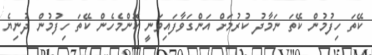
ކޭތަ ހިފުމުން ކޭތަ ނަމާދު ކުރުމަށް އަންގަވާފައިވަނީ ކޮންމެހެން ކޭތަ ހިފުމުން ދުނިޔެ